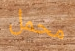
محمل